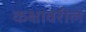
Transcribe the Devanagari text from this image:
कक्षावरील